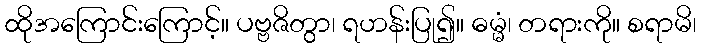
ထိုအကြောင်းကြောင့်။ ပဗ္ဗဇိတွာ၊ ရဟန်းပြု၍။ ဓမ္မံ၊ တရားကို။ စရာမိ၊